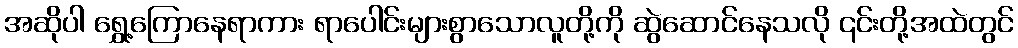
အဆိုပါ ရွှေ့ကြောနေရာကား ရာပေါင်းများစွာသောလူတို့ကို ဆွဲဆောင်နေသလို ၎င်းတို့အထဲတွင်